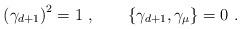
LaTeX: \begin{align*}\left(\gamma_{d+1}\right)^2=1\,\,,\qquad\left\{\gamma_{d+1},\gamma_{\mu}\right\}=0\,\,.\end{align*}